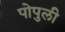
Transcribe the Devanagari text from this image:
पोपुली